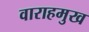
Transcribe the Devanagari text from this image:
वाराहमुख